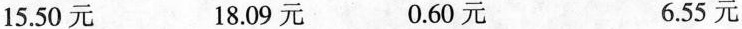
15.50元 18.09元 0.60元 6.55元